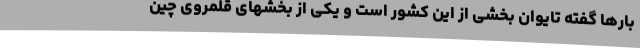
بارها گفته تایوان بخشی از این کشور است و یکی از بخشهای قلمروی چین